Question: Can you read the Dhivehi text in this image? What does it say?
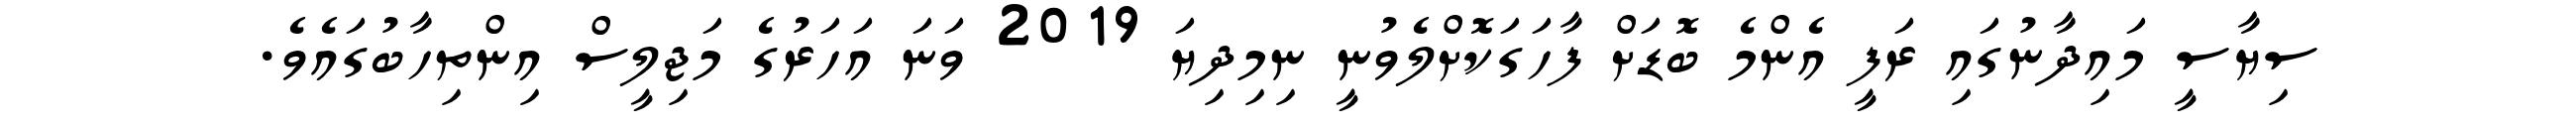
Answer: ސިޔާސީ މައިދާނުގައި ރަފީ އެންމެ ބޮޑަށް ފާހަގަކޮށްލެވުނީ ނިމިދިޔަ 2019 ވަނަ އަހަރުގެ މަޖިލީސް އިންތިހާބުގައެވެ.